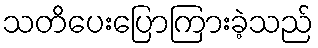
သတိပေးပြောကြားခဲ့သည်